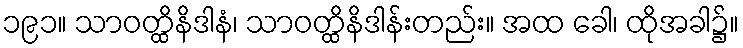
၁၉၁။ သာဝတ္ထိနိဒါနံ၊ သာဝတ္ထိနိဒါန်းတည်း။ အထ ခေါ၊ ထိုအခါ၌။